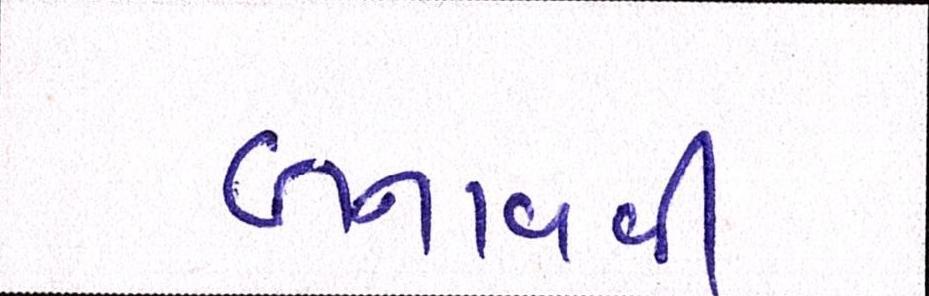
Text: બનાવવી